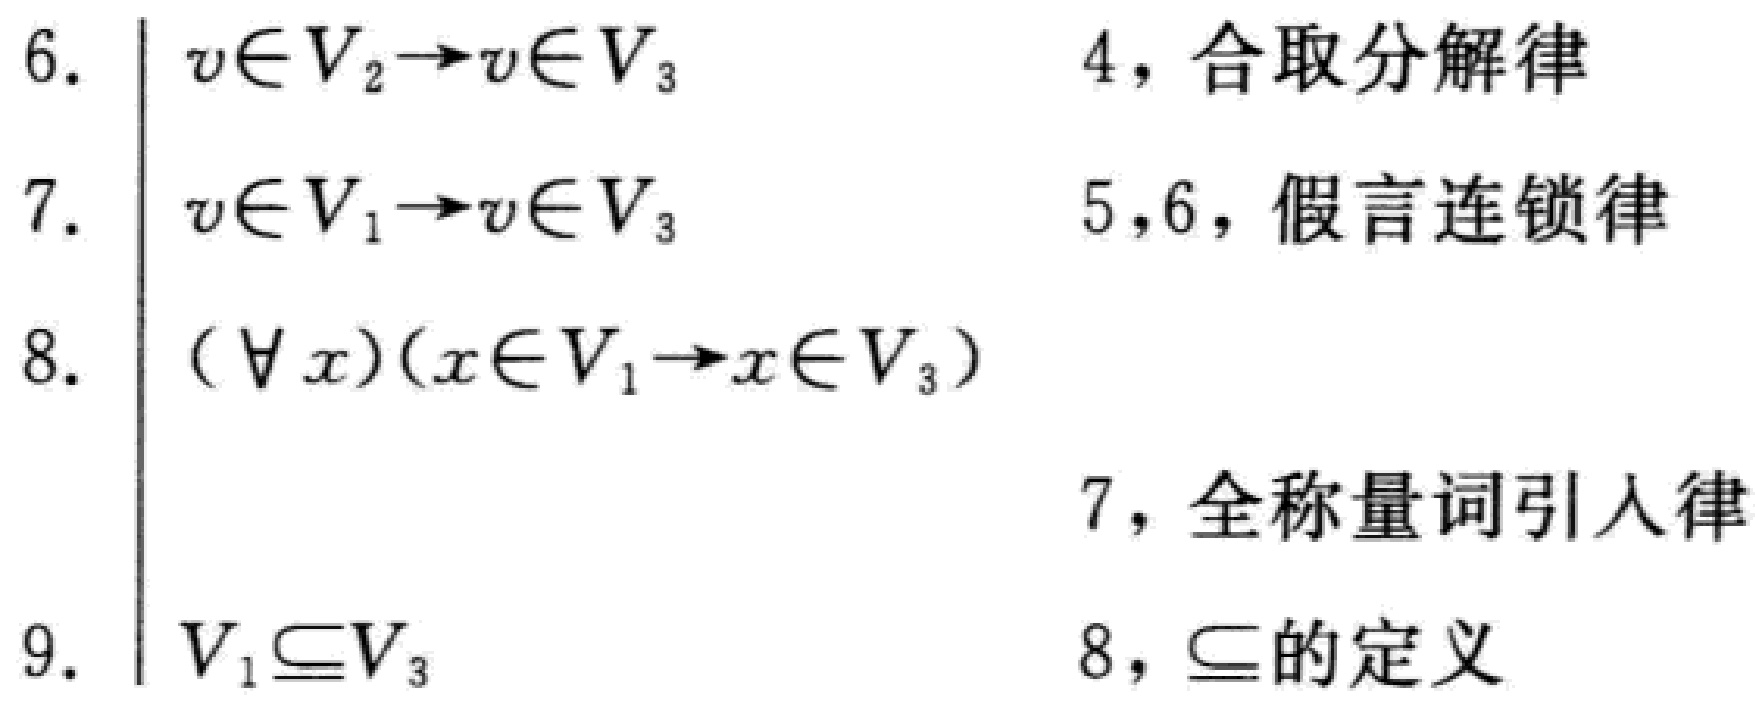
\begin{align*}
6. &\quad v\in V_2\rightarrow v\in V_3 \quad \text{4，合取分解律}\\
7. &\quad v\in V_1\rightarrow v\in V_3 \quad \text{5，6，假言连锁律}\\
8. &\quad (\forall x)(x\in V_1\rightarrow x\in V_3) \quad \text{7，全称量词引入律}\\
9. &\quad V_1\subseteq V_3 \quad \text{8，$\subseteq$的定义}
\end{align*}